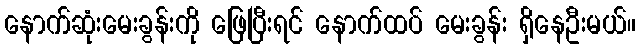
နောက်ဆုံးမေးခွန်းကို ဖြေပြီးရင် နောက်ထပ် မေးခွန်း ရှိနေဦးမယ်။